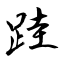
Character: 跬